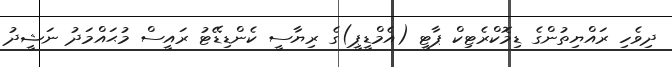
ދިވެހި ރައްޔިތުންގެ ޑިމޮކްރެޓިކް ޕާޓީ (އެމްޑީޕީ)ގެ ރިޔާސީ ކެންޑިޑޭޓު ރައީސް މުޙައްމަދު ނަޝީދު